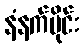
နံနက်ပိုင်း